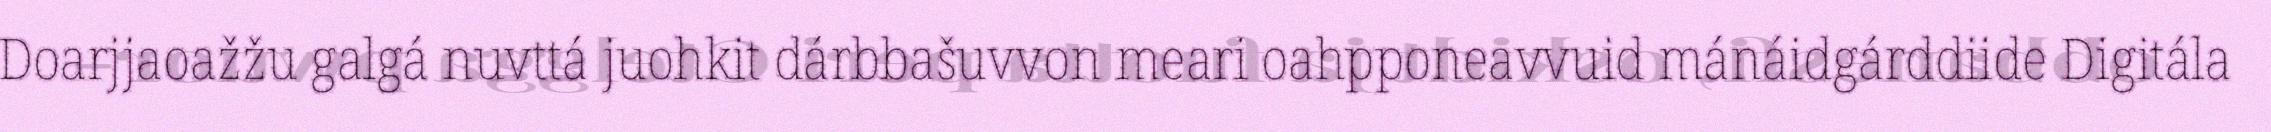
Doarjjaoažžu galgá nuvttá juohkit dárbbašuvvon meari oahpponeavvuid mánáidgárddiide Digitála